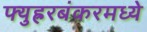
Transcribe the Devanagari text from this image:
फ्युह्ररबंकरमध्ये